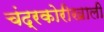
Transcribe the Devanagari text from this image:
चंद्रकोरीखाली